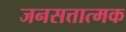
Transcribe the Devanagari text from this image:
जनसत्तात्मक